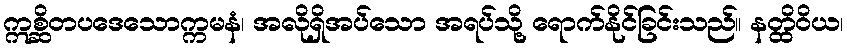
ဣစ္ဆိတပဒေသောက္ကမနံ၊ အလိုရှိအပ်သော အရပ်သို့ ရောက်နိုင်ခြင်းသည်။ နတ္ထိဝိယ၊